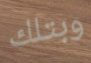
وبتلك